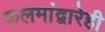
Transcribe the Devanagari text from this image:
कलमांद्वारेही